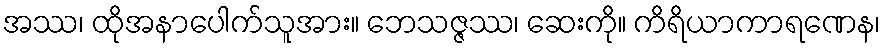
အဿ၊ ထိုအနာပေါက်သူအား။ ဘေသဇ္ဇဿ၊ ဆေးကို။ ကိရိယာကာရဏေန၊